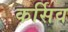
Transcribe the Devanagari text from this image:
कर्सिव